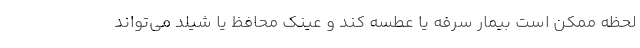
لحظه ممکن است بیمار سرفه یا عطسه کند و عینک محافظ یا شیلد می‌تواند